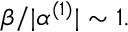
\beta / | \alpha ^ { ( 1 ) } | \sim 1 .